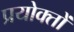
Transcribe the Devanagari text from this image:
प्रयोक्तों